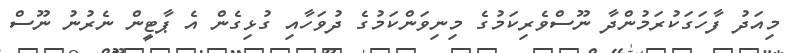
މިއަދު ފާހަގަކުރަމުންދާ ނޫސްވެރިކަމުގެ މިނިވަންކަމުގެ ދުވަހާއި ގުޅިގެން އެ ޕާޓީން ނެރުނު ނޫސް